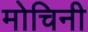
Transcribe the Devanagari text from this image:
मोचिनी